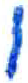
אות: ו